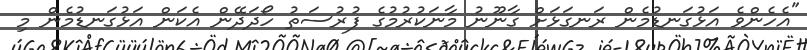
"އެހެންވެ އަޅުގަނޑުމެން ރަނގަޅަށް ގާނޫނު މާނަކުރުމުގެ ފުރުސަތު ހޯދަދޭން އެކަން އަޅުގަނޑުމެން މި